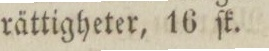
rättigheter, 16 ſk.